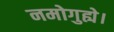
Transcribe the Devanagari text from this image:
नमोगुह्ये।